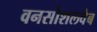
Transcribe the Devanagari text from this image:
वनसोशलवेब